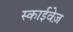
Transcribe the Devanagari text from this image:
स्काईवेज़